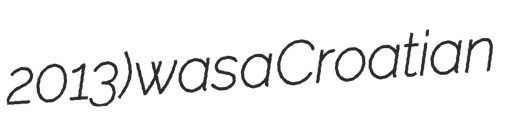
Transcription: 2013) was a Croatian